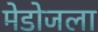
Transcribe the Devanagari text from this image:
मेडोजला